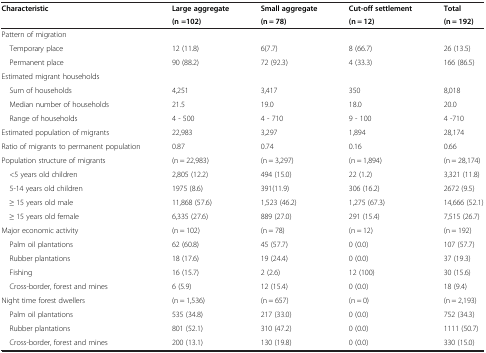
<table><thead><tr><td rowspan="2"><b>Characteristic</b></td><td><b>Large aggregate</b></td><td><b>Small aggregate</b></td><td><b>Cut-off settlement</b></td><td><b>Total</b></td></tr><tr><td><b>(n =102)</b></td><td><b>(n = 78)</b></td><td><b>(n = 12)</b></td><td><b>(n = 192)</b></td></tr></thead><tbody><tr><td colspan="5">Pattern of migration</td></tr><tr><td> Temporary place</td><td>12 (11.8)</td><td>6(7.7)</td><td>8 (66.7)</td><td>26 (13.5)</td></tr><tr><td> Permanent place</td><td>90 (88.2)</td><td>72 (92.3)</td><td>4 (33.3)</td><td>166 (86.5)</td></tr><tr><td colspan="5">Estimated migrant households</td></tr><tr><td> Sum of households</td><td>4,251</td><td>3,417</td><td>350</td><td>8,018</td></tr><tr><td> Median number of households</td><td>21.5</td><td>19.0</td><td>18.0</td><td>20.0</td></tr><tr><td> Range of households</td><td>4 - 500</td><td>4 - 710</td><td>9 - 100</td><td>4 -710</td></tr><tr><td>Estimated population of migrants</td><td>22,983</td><td>3,297</td><td>1,894</td><td>28,174</td></tr><tr><td>Ratio of migrants to permanent population</td><td>0.87</td><td>0.74</td><td>0.16</td><td>0.66</td></tr><tr><td>Population structure of migrants</td><td>(n = 22,983)</td><td>(n = 3,297)</td><td>(n = 1,894)</td><td>(n = 28,174)</td></tr><tr><td> &lt;5 years old children</td><td>2,805 (12.2)</td><td>494 (15.0)</td><td>22 (1.2)</td><td>3,321 (11.8)</td></tr><tr><td> 5-14 years old children</td><td>1975 (8.6)</td><td>391(11.9)</td><td>306 (16.2)</td><td>2672 (9.5)</td></tr><tr><td> ≥ 15 years old male</td><td>11,868 (57.6)</td><td>1,523 (46.2)</td><td>1,275 (67.3)</td><td>14,666 (52.1)</td></tr><tr><td> ≥ 15 years old female</td><td>6,335 (27.6)</td><td>889 (27.0)</td><td>291 (15.4)</td><td>7,515 (26.7)</td></tr><tr><td>Major economic activity</td><td>(n = 102)</td><td>(n = 78)</td><td>(n = 12)</td><td>(n = 192)</td></tr><tr><td> Palm oil plantations</td><td>62 (60.8)</td><td>45 (57.7)</td><td>0 (0.0)</td><td>107 (57.7)</td></tr><tr><td> Rubber plantations</td><td>18 (17.6)</td><td>19 (24.4)</td><td>0 (0.0)</td><td>37 (19.3)</td></tr><tr><td> Fishing</td><td>16 (15.7)</td><td>2 (2.6)</td><td>12 (100)</td><td>30 (15.6)</td></tr><tr><td> Cross-border, forest and mines</td><td>6 (5.9)</td><td>12 (15.4)</td><td>0 (0.0)</td><td>18 (9.4)</td></tr><tr><td>Night time forest dwellers</td><td>(n = 1,536)</td><td>(n = 657)</td><td>(n = 0)</td><td>(n = 2,193)</td></tr><tr><td> Palm oil plantations</td><td>535 (34.8)</td><td>217 (33.0)</td><td>0 (0.0)</td><td>752 (34.3)</td></tr><tr><td> Rubber plantations</td><td>801 (52.1)</td><td>310 (47.2)</td><td>0 (0.0)</td><td>1111 (50.7)</td></tr><tr><td> Cross-border, forest and mines</td><td>200 (13.1)</td><td>130 (19.8)</td><td>0 (0.0)</td><td>330 (15.0)</td></tr></tbody></table>